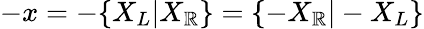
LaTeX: -x=-\{ X_{L}|X_{\mathbb{R}}\} =\{ -X_{\mathbb{R}}|-X_{L}\}